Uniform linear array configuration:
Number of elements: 4
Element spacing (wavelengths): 0.75
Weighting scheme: binomial
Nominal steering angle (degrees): -45
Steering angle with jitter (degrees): -45.628
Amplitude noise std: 0.05
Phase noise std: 0.05

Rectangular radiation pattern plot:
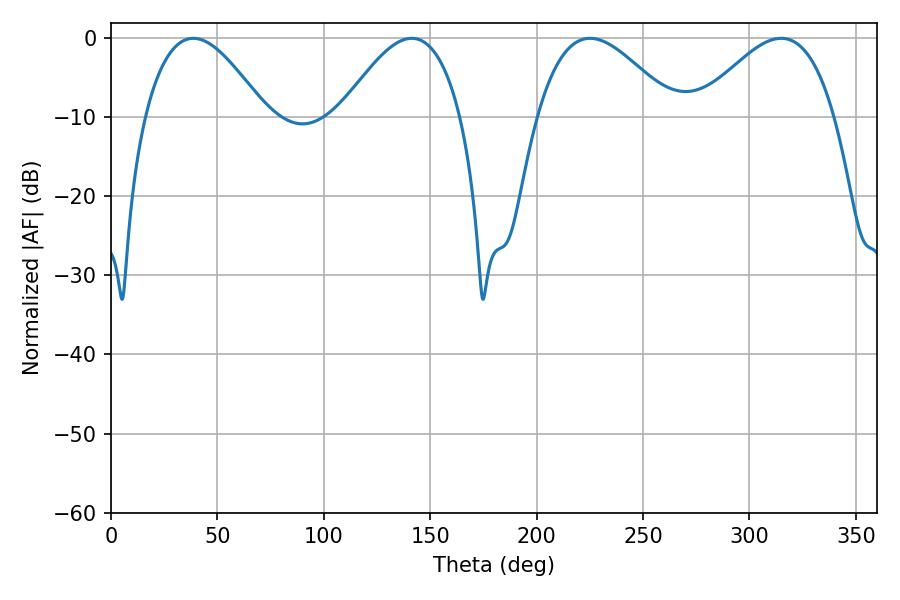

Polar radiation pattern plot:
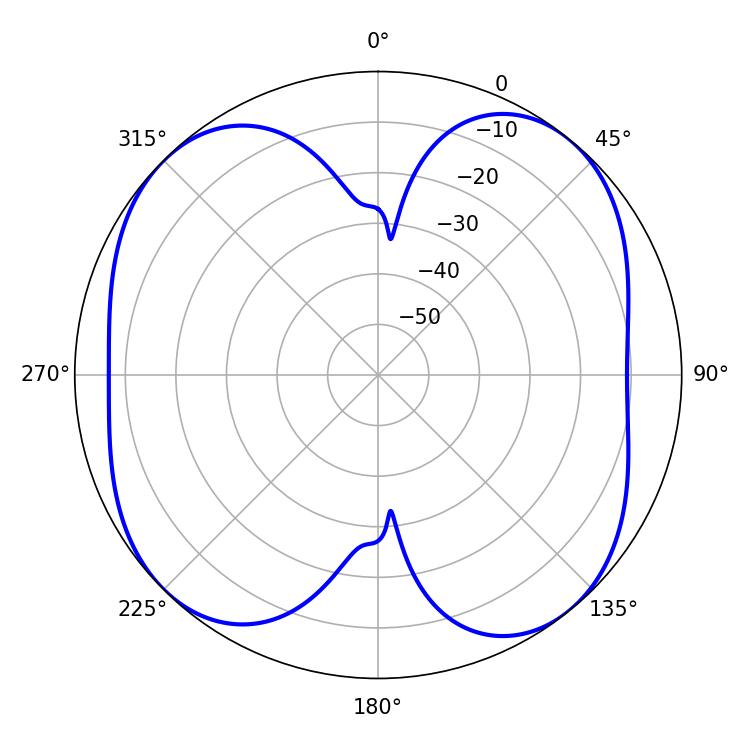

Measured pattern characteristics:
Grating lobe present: TRUE
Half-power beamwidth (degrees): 30.78
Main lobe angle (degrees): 38.7